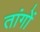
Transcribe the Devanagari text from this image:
तांगों